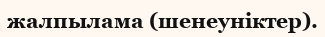
жалпылама (шенеуніктер).